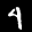
Digit: 4